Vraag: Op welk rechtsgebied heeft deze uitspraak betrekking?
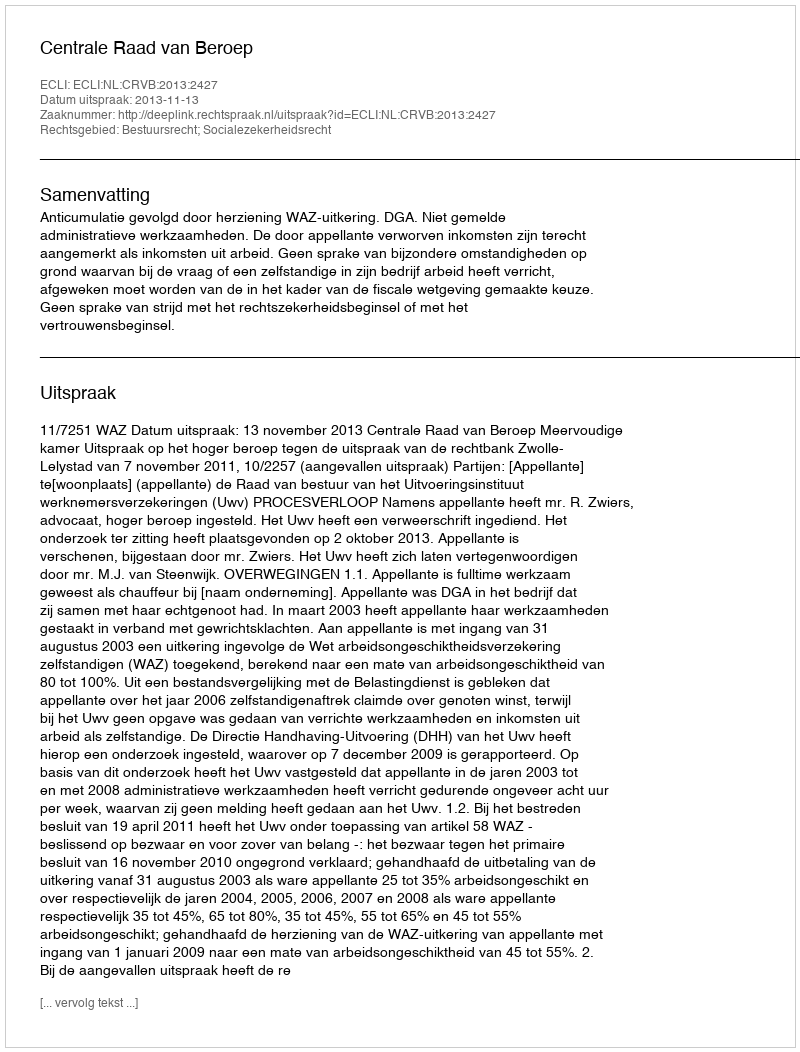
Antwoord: Bestuursrecht; Socialezekerheidsrecht